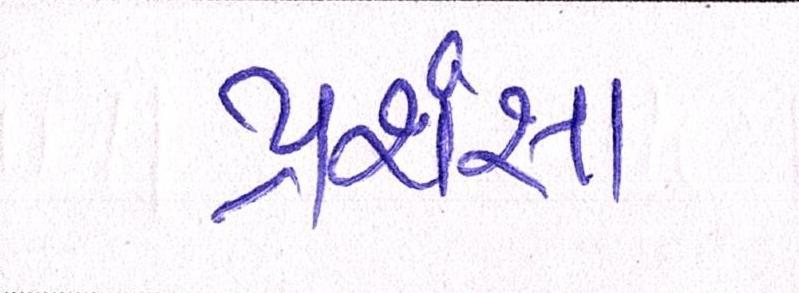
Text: પ્રશંસા